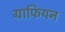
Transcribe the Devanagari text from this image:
ग्राफियन